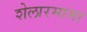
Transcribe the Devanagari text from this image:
शेलारमामा